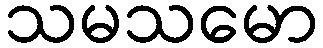
သမသမော